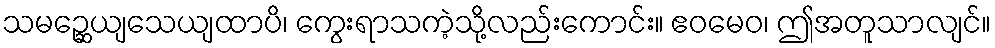
သမဉ္ဆေယျသေယျထာပိ၊ ကွေးရာသကဲ့သို့လည်းကောင်း။ ဧဝမေဝ၊ ဤအတူသာလျင်။